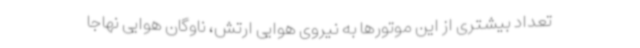
تعداد بیشتری از این موتورها به نیروی هوایی ارتش، ناوگان هوایی نهاجا